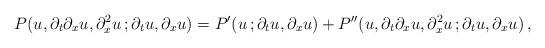
LaTeX: \begin{align*}P(u, \partial_t\partial_xu, \partial^2_xu\,; \partial_tu,\partial_xu) = P'(u\, ; \partial_tu, \partial_x u) + P''(u, \partial_t\partial_xu, \partial^2_xu\,; \partial_tu,\partial_xu) \,,\end{align*}